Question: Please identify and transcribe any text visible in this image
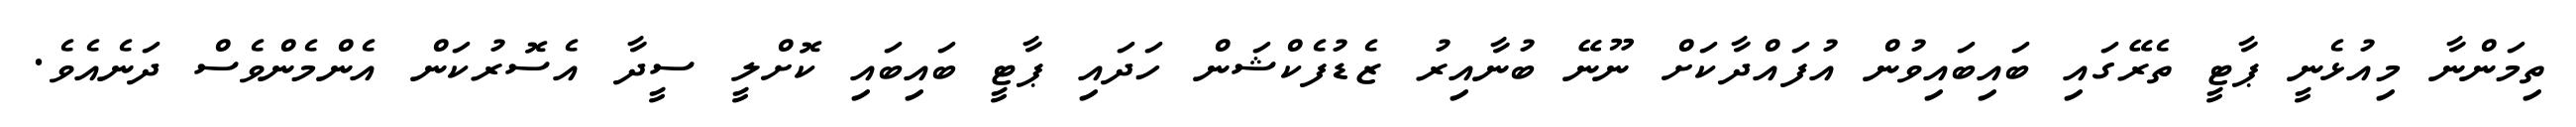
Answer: ތިމަންނާ މިއުޅެނީ ޕާޓީ ތެރޭގައި ބައިބައިވުން އުފައްދާކަށް ނޫނޭ ބުނާއިރު ޒެޑުފެކްޝަން ހަދައި ޕާޓީ ބައިބައި ކޮށްލީ ސީދާ އެސޮރުކަން އެންމެންވެސް ދަނެއެވެ.